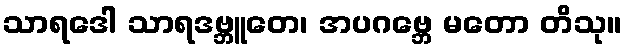
သာရဒေါ သာရဒဗ္ဘူတေ၊ အပဂဗ္ဘေ မတော တိသု။